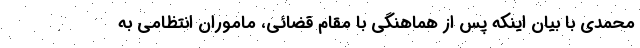
محمدی با بیان اینکه پس از هماهنگی با مقام قضائی، ماموران انتظامی به